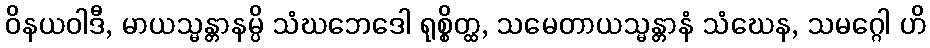
ဝိနယဝါဒီ, မာယသ္မန္တာနမ္ပိ သံဃဘေဒေါ ရုစ္စိတ္ထ, သမေတာယသ္မန္တာနံ သံဃေန, သမဂ္ဂေါ ဟိ